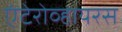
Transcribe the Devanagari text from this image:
एंटेरोव्हायरस